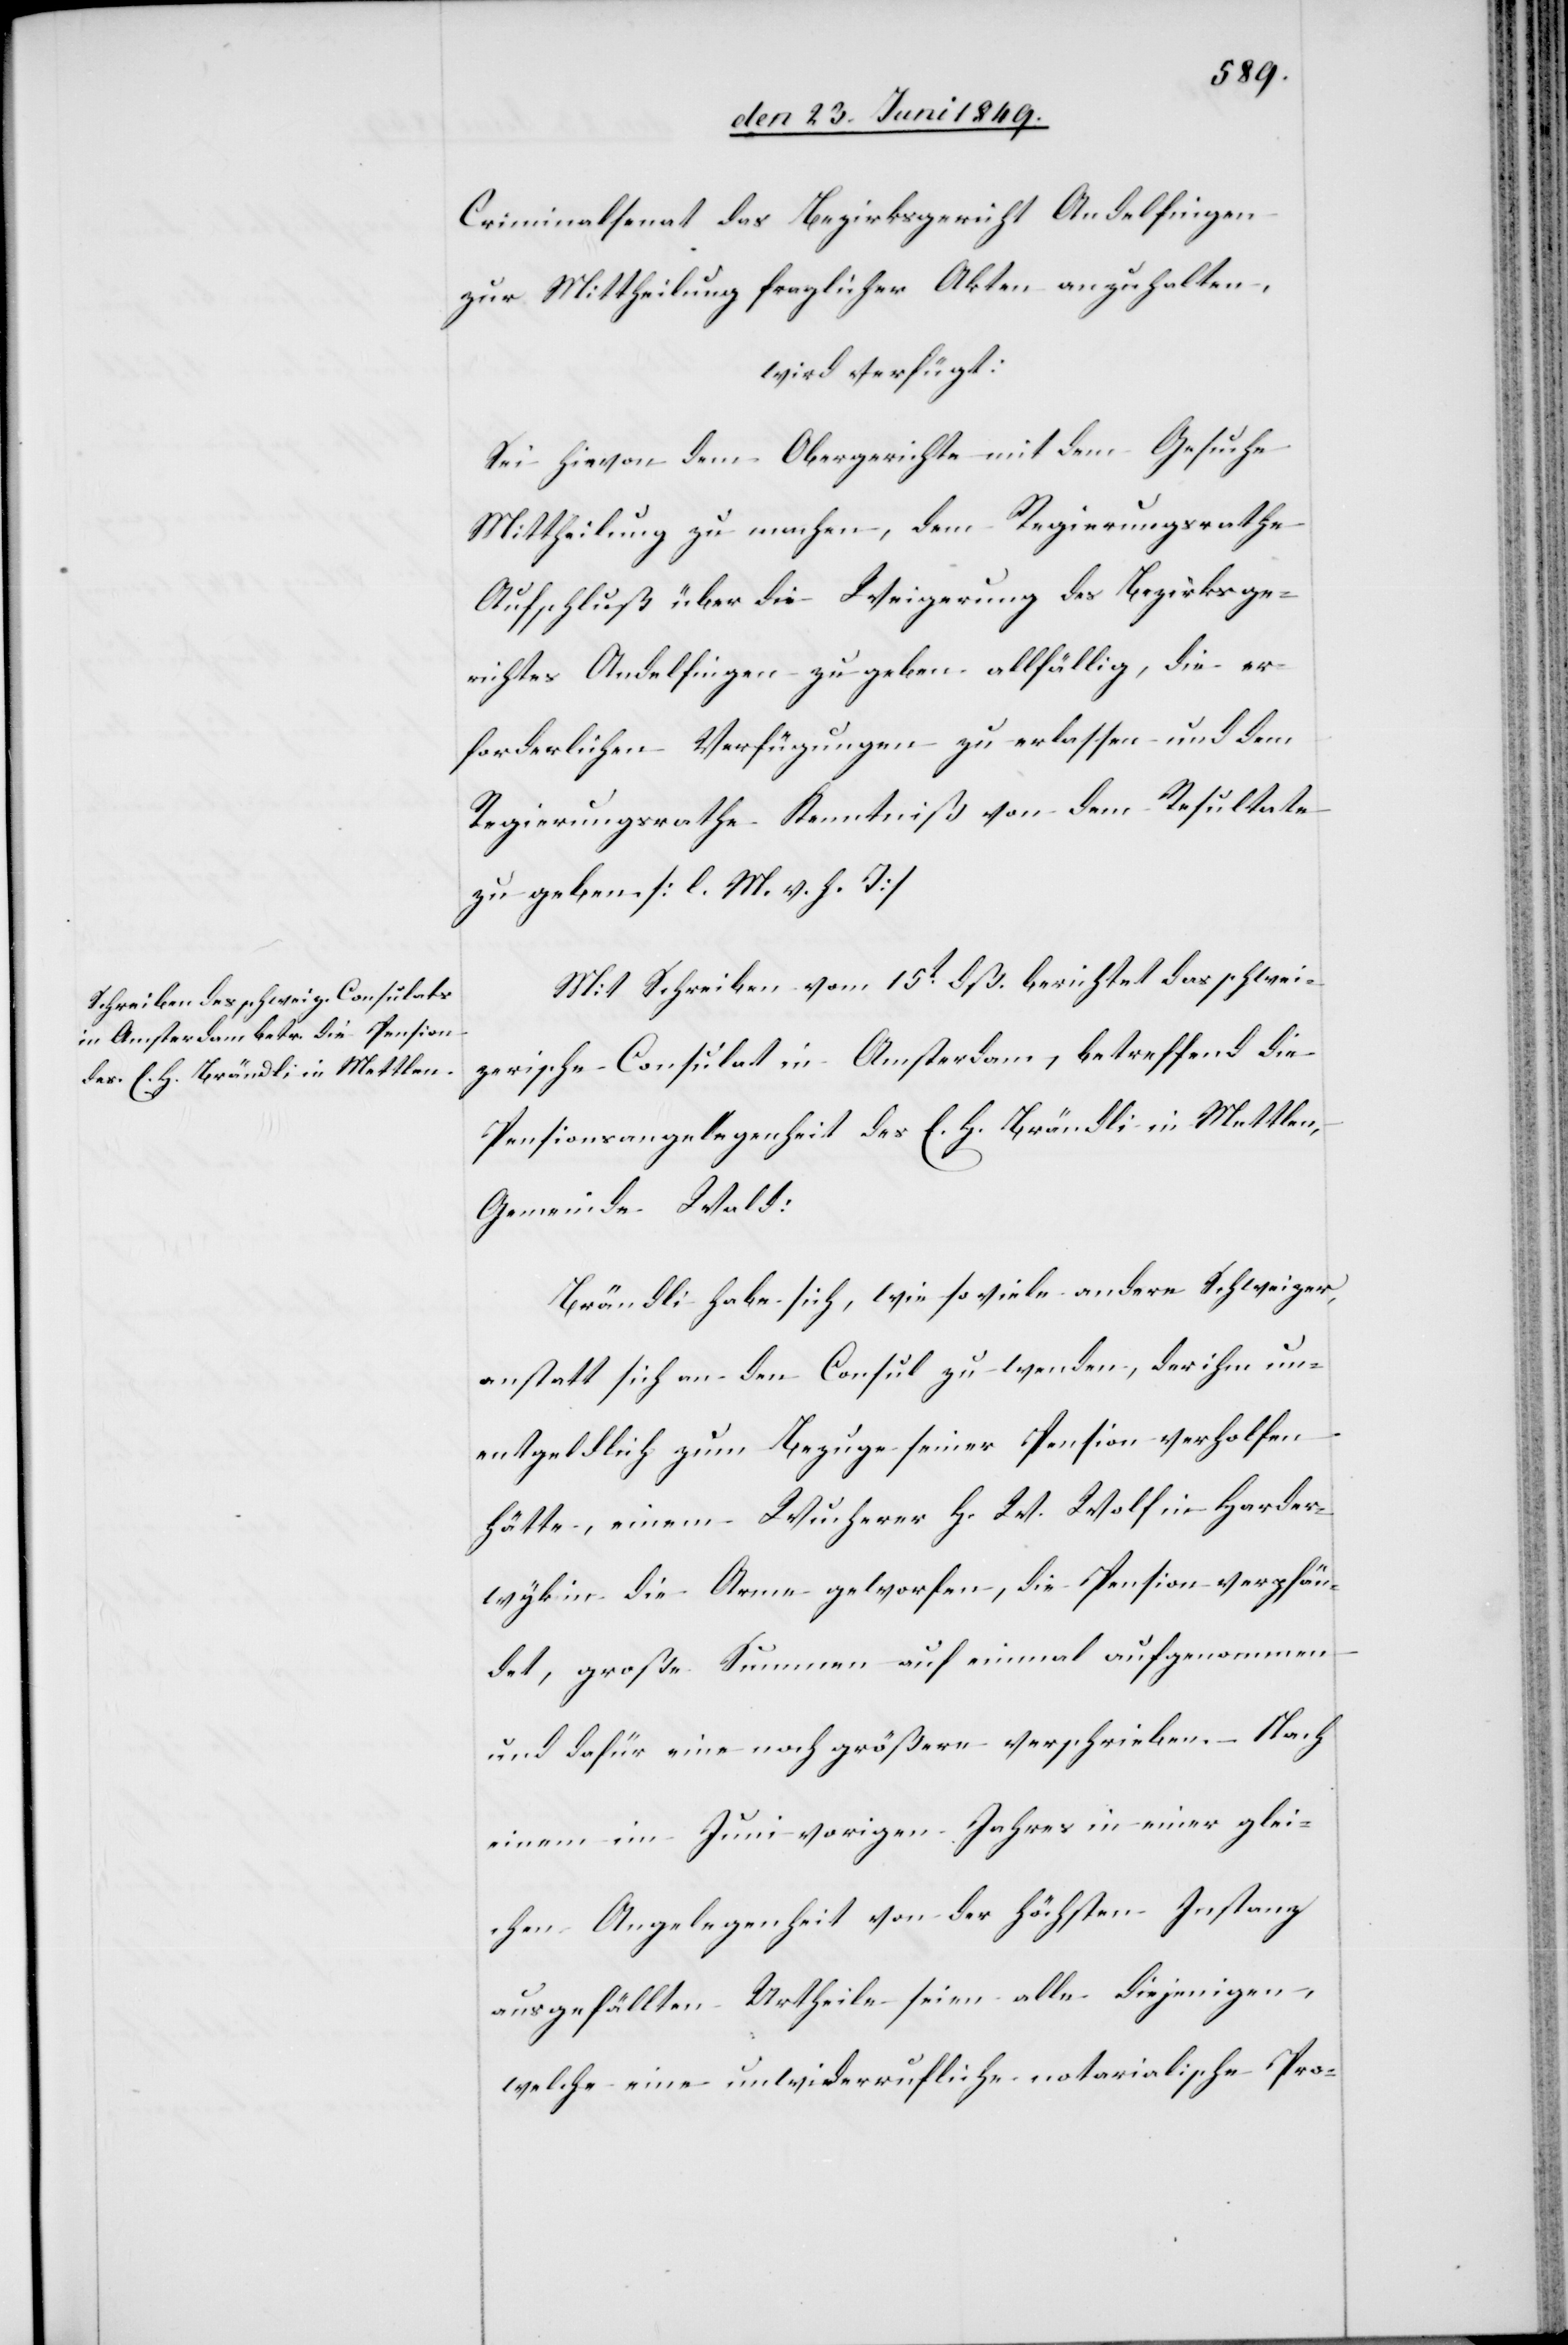
den 25. Juni 1849.]
Criminalsenat das Bezirksgericht Andelfingen
zur Mittheilung fraglicher Akten anzuhalten,
wird verfügt:
Sei hievon dem Obergerichte mit dem Gesuche
Mittheilung zu machen, dem Regierungsrathe
Aufschluß über die Weigerung des Bezirksge¬
richtes Andelfingen zu geben allfällig, die er¬
forderlichen Verfügungen zu erlassen und dem
Regierungsrathe Kenntniß von dem Resultate
zu geben [l. M. h. T][.]
Mit Schreiben vom 15t dß. berichtet das schwei¬
zerische Consulat in Amsterdam, betreffend die
Pensionsangelegenheit des E. H. Brändli in Mettlen,
Gemeinde Wald:
Brändli habe sich, wie so viele andere Schweizer,
anstatt sich an den Consul zu wenden, der ihm un¬
entgeldlich zum Bezuge seiner Pension verholfen
hätte, einem Wucherer H. W. Wolf in Harder¬
wyk in die Arme geworfen, die Pension verpfän¬
det, große Summen auf einmal aufgenommen
und dafür eine noch größere verschrieben. – Nach
einem im Juni vorigen Jahres in einer glei¬
chen Angelegenheit von der höchsten Instanz
ausgefällten Urtheile seien alle diejenigen,
welche eine unwiderrufliche notarialische Pro-